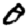
Digit: 0